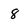
Character: 8